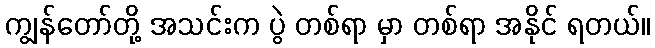
ကျွန်တော်တို့ အသင်းက ပွဲ တစ်ရာ မှာ တစ်ရာ အနိုင် ရတယ်။